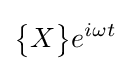
{\begin{Bmatrix}X\end{Bmatrix}}e^{i\omega t}